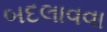
બદલાવવા